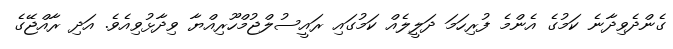
ގެންދެވިދާނެ ކަމުގެ އެންމެ ފުރިހަމަ ދަލީލެއް ކަމުގައި ރައީސުލްޖުމްހޫރިއްޔާ ވިދާޅުވިއެވެ. އަދި ރާއްޖޭގެ